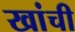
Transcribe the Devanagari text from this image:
खांची